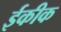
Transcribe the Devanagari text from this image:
ईकीक